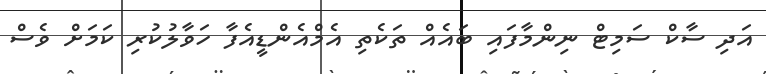
އަދި ސާކް ސަމިޓް ނިންމާފައި ބައެއް ތަކެތި އެމްއެންޑީއެފާ ހަވާލުކުރި ކަމަށް ވެސް